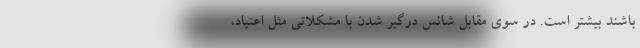
باشند بیشتر است. در سوی مقابل شانس درگیر شدن با مشکلاتی مثل اعتیاد،